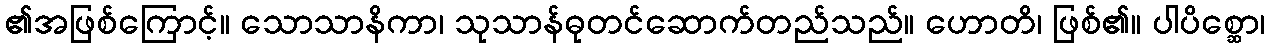
၏အဖြစ်ကြောင့်။ သောသာနိကာ၊ သုသာန်ဓုတင်ဆောက်တည်သည်။ ဟောတိ၊ ဖြစ်၏။ ပါပိစ္ဆော၊